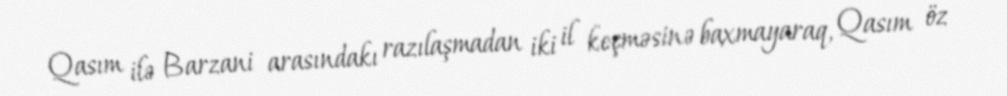
Qasım ilə Barzani arasındakı razılaşmadan iki il keçməsinə baxmayaraq, Qasım öz